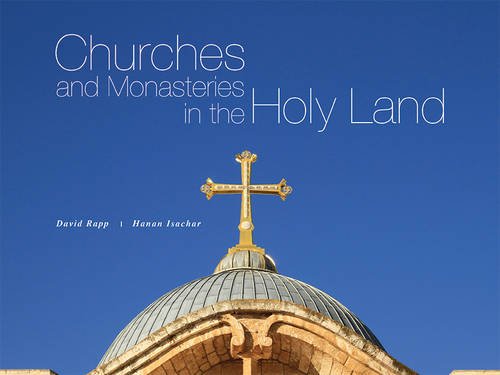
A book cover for Churches and Monasteries in the Holy Land; David Rapp; Travel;